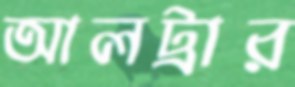
আলট্রার